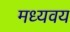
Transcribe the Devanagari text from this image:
मध्यवय